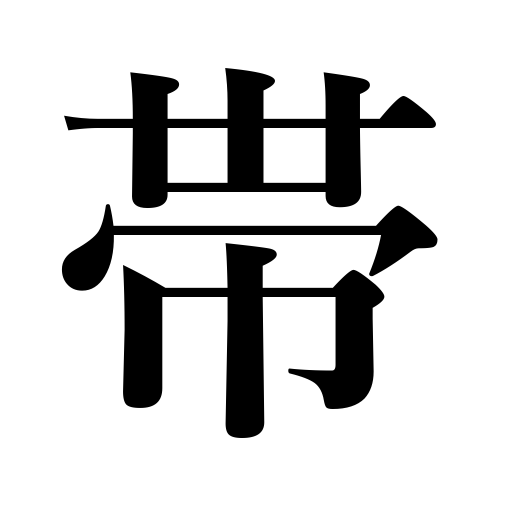
Meanings: band,be entrusted with,zone,belt,sash,be armed with,girdle,assume,carry,take on the character of,be tinged with,gird up one’s loins,belting,wear at the belt